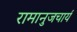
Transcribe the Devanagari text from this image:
रामानुजचार्य